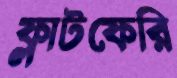
ফ্লাটফেরি